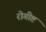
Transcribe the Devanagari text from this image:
रोगीष्ट